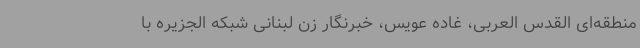
منطقه‌ای القدس العربی، غاده عویس، خبرنگار زن لبنانی شبکه الجزیره با